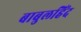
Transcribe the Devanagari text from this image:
बाबुलहिंद